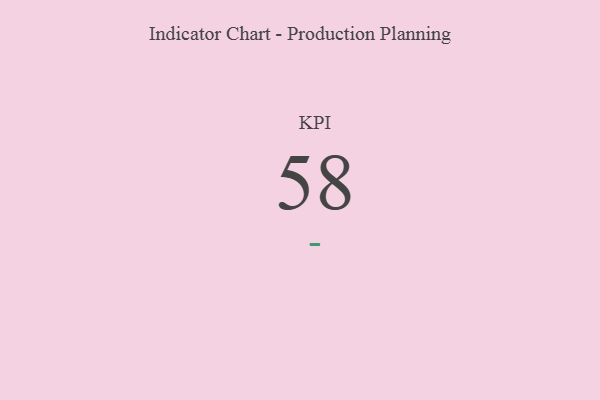
{"axis": {"x": "KPI", "y": "Value"}, "legend": [""], "data": [{"x": "KPI", "y": 58, "type": ""}]}